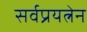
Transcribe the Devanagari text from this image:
सर्वप्रयत्नेन